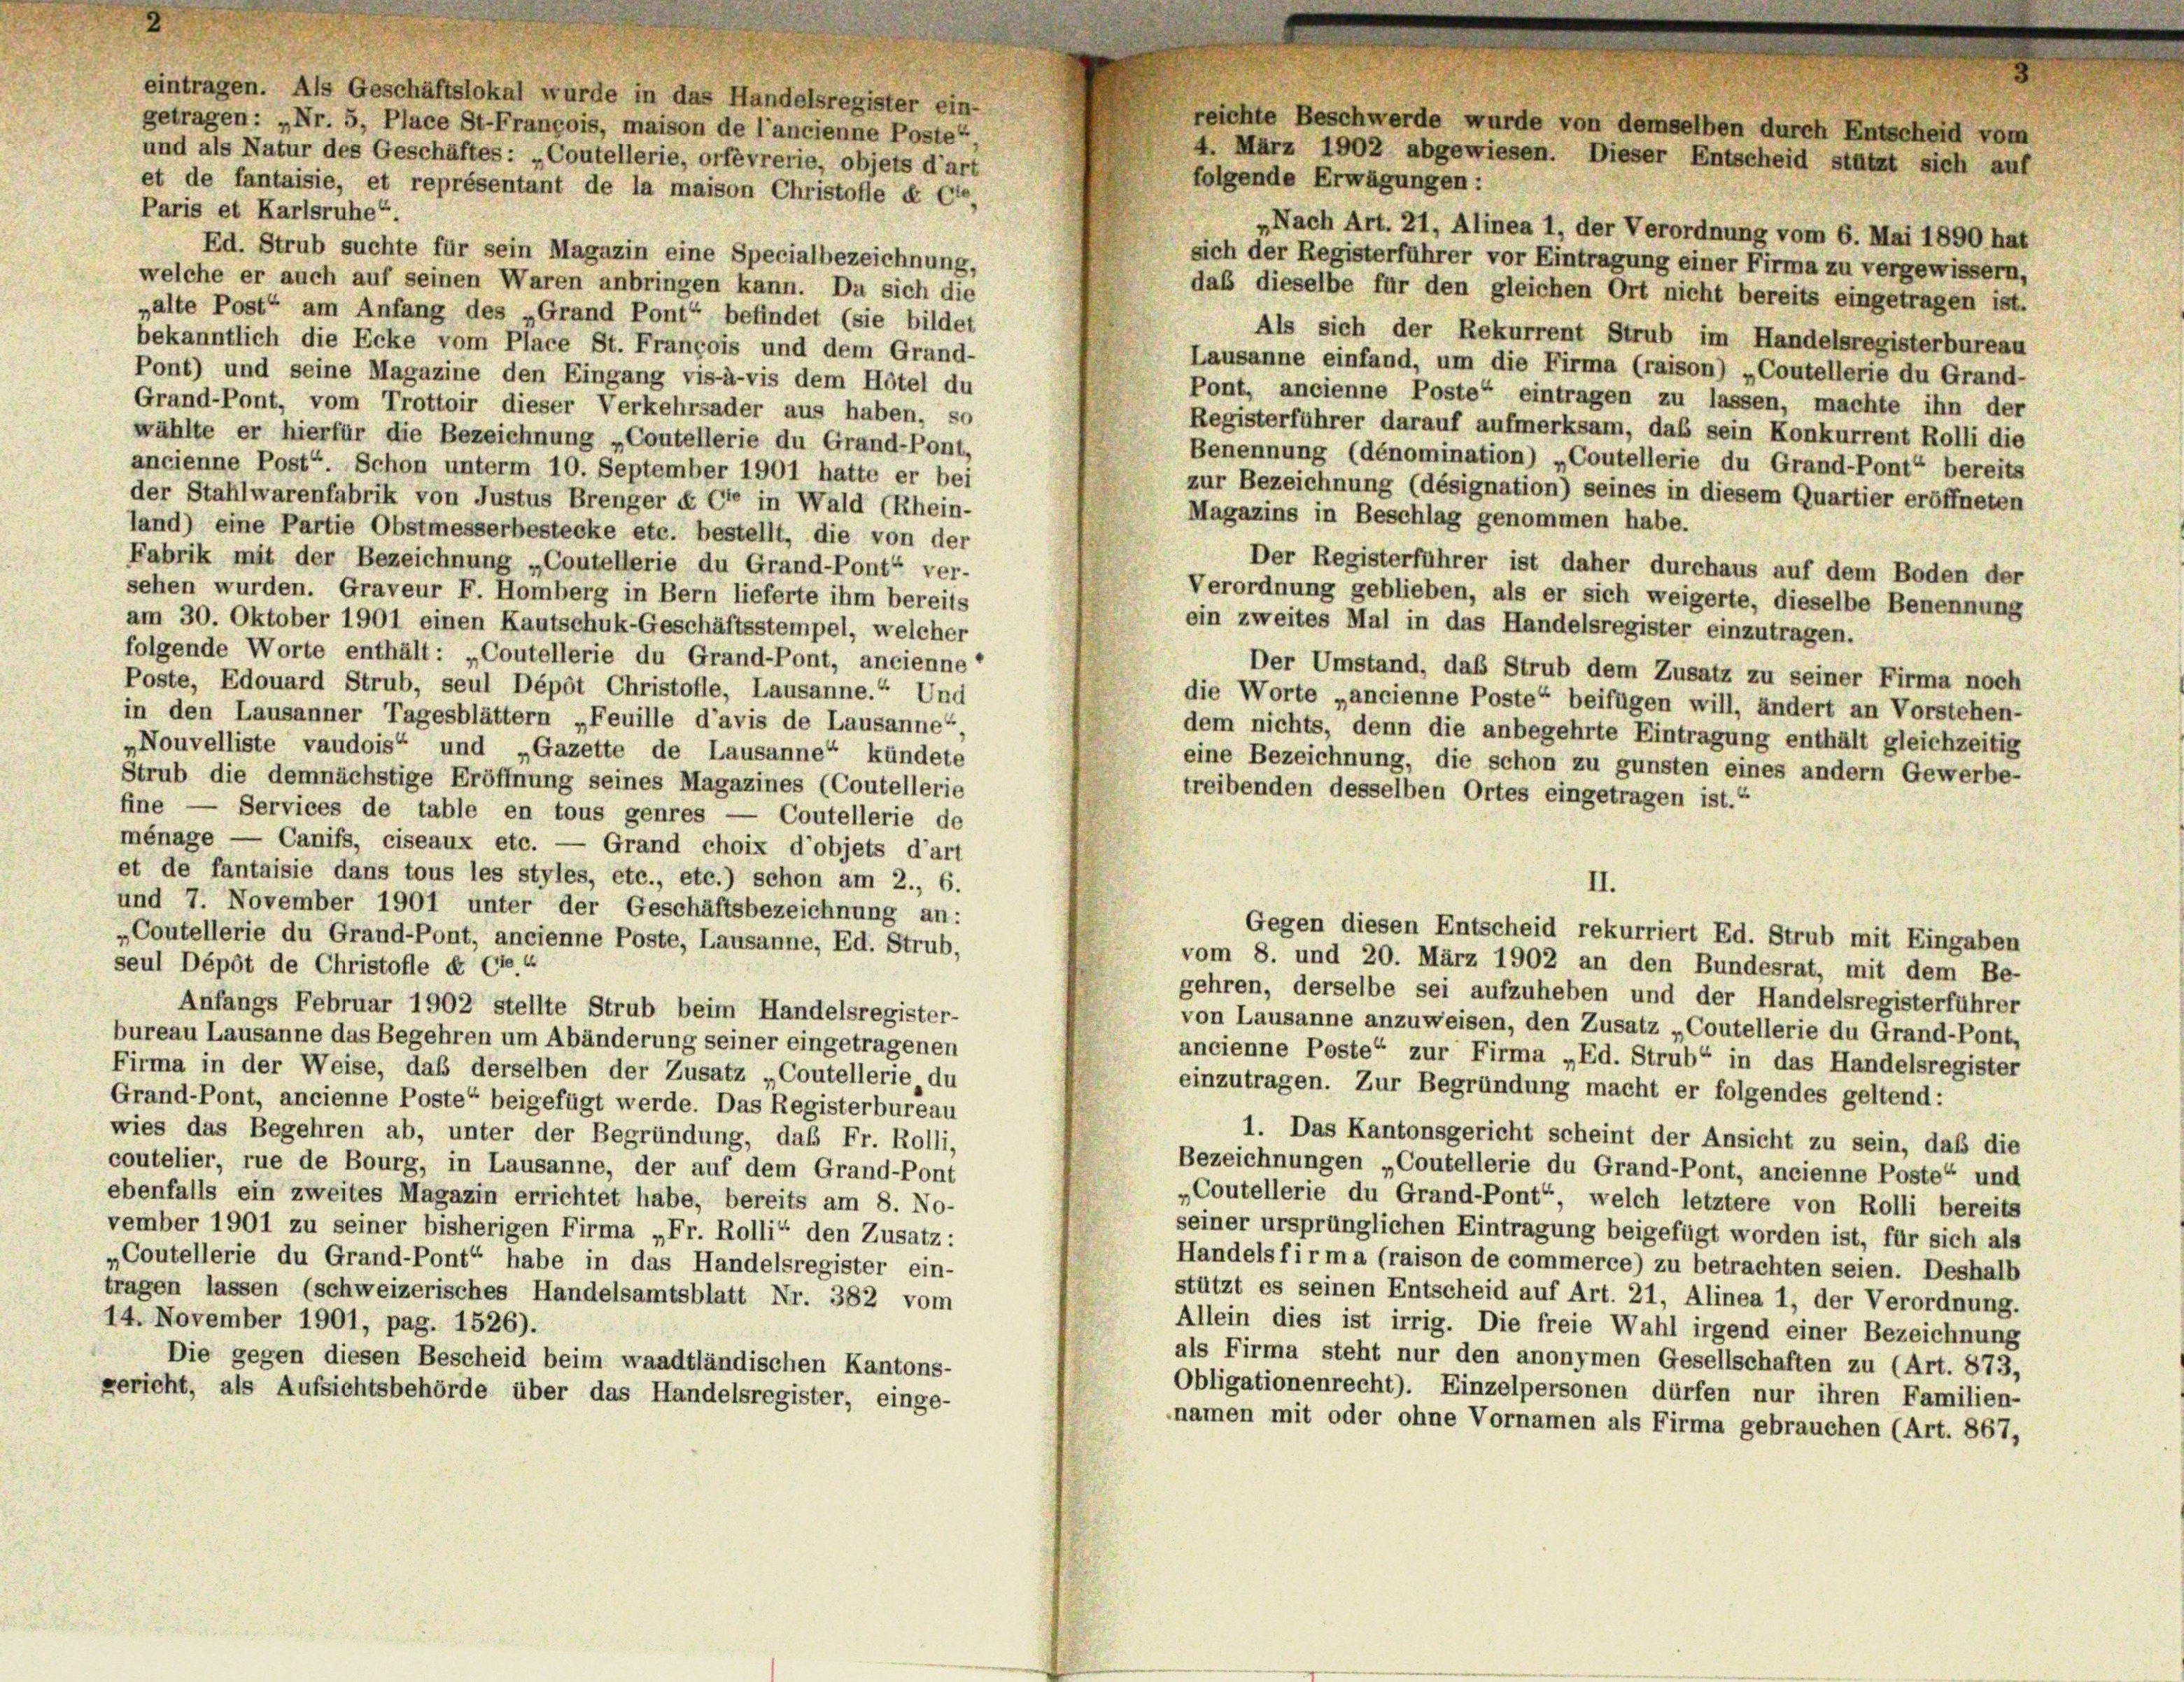
eintragen. Als Geschäftslokal wurde in das Handelsregister ein-
getragen: „Nr. 5, Place St-François, maison de l’ancienne Poste“
und als Natur des Geschäftes: „Coutellerie, orfèvrerie, objets d’art
et de fantaisie, et représentant de la maison Christolle d Ce
Paris et Karlsruhe“.
Ed. Strub suchte für sein Magazin eine Specialbezeichnung,
welche er auch auf seinen Waren anbringen kann. Da sich die
daß dieselbe für den gleichen Ort nicht bereits eingetragen ist.
„alte Post“ am Anfang des „Grand Pont“ befindet (sie bildet
Als sich der Rekurrent Strub im Handelsregisterbureau
bekanntlich die Ecke vom Place St. François und dem Grand-
Lausanne einfand, um die Firma (raison) „Coutellerie du Grand-
Pont) und seine Magazine den Eingang vis-à-vis dem Hôtel du
Pont, ancienne Poste“ eintragen zu lassen, machte ihn der
Grand-Pont, vom Trottoir dieser Verkehrsader aus haben, so
Registerführer darauf aufmerksam, das sein Konkurrent Rolli die
wählte er hierfür die Bezeichnung „Coutellerie du Grand-Pont,
Benennung (dénomination) „Coutellerie du Grand-Pont“ bereits
ancienne Post“. Schon unterm 10. September 1901 hatte er bei
zur Bezeichnung (désignation) seines in diesem Quartier eröffneten
der Stahlwarenfabrik von Justus Brenger & Cie in Wald (Rhein-
Magazins in Beschlag genommen habe.
land) eine Partie Obstmesserbestecke etc. bestellt, die von der
Fabrik mit der Bezeichnung „Coutellerie du Grand-Pont“ ver-
Der Registerführer ist daher durchaus auf dem Boden der
sehen wurden. Graveur F. Homberg in Bern lieferte ihm bereits
Verordnung geblieben, als er sich weigerte, dieselbe Benennung
am 30. Oktober 1901 einen Kautschuk-Geschäftsstempel, welcher
ein zweites Mal in das Handelsregister einzutragen.
folgende Worte enthält: „Coutellerie du Grand-Pont, ancienne“
Der Umstand, das Strub dem Zusatz zu seiner Firma noch
Poste, Edouard Strub, seul Dépôt Christofle, Lausanne.“ Und
die Worte „ancienne Poste“ beifügen will, ändert an Vorstehen-
in den Lausanner Tagesblättern „Feuille d’avis de Lausanne“.
dem nichts, denn die anbegehrte Eintragung enthält gleichzeitig
„Nouvelliste vaudois“ und „Gazette de Lausanne“, kündete
eine Bezeichnung, die schon zu gunsten eines andern Gewerbe-
Strub die demnächstige Eröffnung seines Magazines (Coutellerie
treibenden desselben Ortes eingetragen ist.“
fine — Services de table en tous genres — Coutellerie de
ménage — Canifs, ciseaux etc. — Grand choix d’objets d’art
et de fantaisie dans tous les styles, etc., etc.) schon am 2., 6.
II.
und 7. November 1901 unter der Geschäftsbezeichnung an:
Gegen diesen Entscheid rekurriert Ed. Strub mit Eingaben
„Coutellerie du Grand-Pont, ancienne Poste, Lausanne, Ed. Strub,
vom 8. und 20. März 1902 an den Bundesrat, mit dem Be-
seul Dépôt de Christofle de Cre“
gehren, derselbe sei aufzuheben und der Handelsregisterführer
Anfangs Februar 1902 stellte Strub beim Handelsregister-
von Lausanne anzuweisen, den Zusatz „Coutellerie du Grand-Pont,
bureau Lausanne das Begehren um Abänderung seiner eingetragenen
ancienne Poste“ zur Firma „Ed. Strub“ in das Handelsregister
Firma in der Weise, daß derselben der Zusatz „Coutellerie du
einzutragen. Zur Begründung macht er folgendes geltend:
Grand-Pont, ancienne Poste“ beigefügt werde. Das Registerbureau
wies das Begehren ab, unter der Begründung, daß Fr. Rolli,
1. Das Kantonsgericht scheint der Ansicht zu sein, daß die
coutelier, rue de Bourg, in Lausanne, der auf dem Grand-Pont
Bezeichnungen „Coutellerie du Grand-Pont, ancienne Poste“ und
ebenfalls ein zweites Magazin errichtet habe, bereits am 8. No-
„Coutellerie du Grand-Pont“, welch letztere von Rolli bereits
vember 1901 zu seiner bisherigen Firma „Fr. Rolli“ den Zusatz:
seiner ursprünglichen Eintragung beigefügt worden ist, für sich als
„Coutellerie du Grand-Pont“ habe in das Handelsregister ein-
Handels firma (raison de commerce) zu betrachten seien. Deshalb
tragen lassen (schweizerisches Handelsamtsblatt Nr. 382 vom
stützt es seinen Entscheid auf Art. 21, Alinea 1, der Verordnung.
14. November 1901, pag. 1526).
Allein dies ist irrig. Die freie Wahl irgend einer Bezeichnung
als Firma steht nur den anonymen Gesellschaften zu (Art. 873,
Die gegen diesen Bescheid beim waadtländischen Kantons-
Obligationenrecht). Einzelpersonen dürfen nur ihren Familien-
gericht, als Aufsichtsbehörde über das Handelsregister, einge-
namen mit oder ohne Vornamen als Firma gebrauchen (Art. 867,

reichte Beschwerde wurde von demselben durch Entscheid vom
4. März 1902 abgewiesen. Dieser Entscheid stützt sich auf
folgende Erwägungen:
„Nach Art. 21, Alinea 1, der Verordnung vom 6. Mai 1890 hat
sich der Registerführer vor Eintragung einer Firma zu vergewissern,